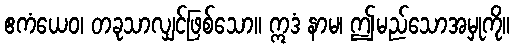
ဧကံယေဝ၊ တခုသာလျှင်ဖြစ်သော။ ဣဒံ နာမ၊ ဤမည်သောအမှုကို။